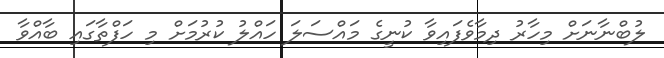
ލުބްނާނަށް މިހާރު ދިމާވެފައިވާ ކުނީގެ މައްސަލަ ހައްލު ކުރުމަށް މި ހަފްތާގައި ބާއްވާ